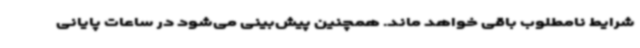
شرایط نامطلوب باقی خواهد ماند. همچنین پیش‌بینی می‌شود در ساعات پایانی